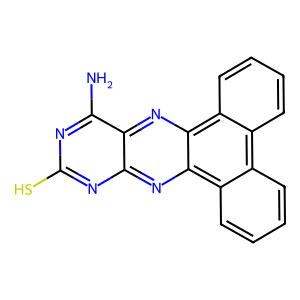
SMILES: Nc1nc(S)nc2nc3c4ccccc4c4ccccc4c3nc12
Inhibits HIV replication: No